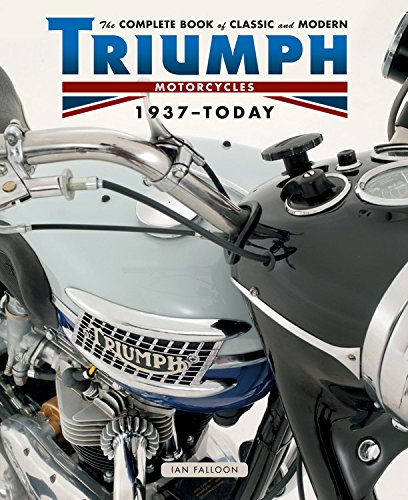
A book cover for The Complete Book of Classic and Modern Triumph Motorcycles 1937-Today (Complete Book Series); Ian Falloon; Engineering & Transportation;